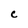
Character: c